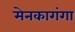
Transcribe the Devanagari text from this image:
मेनकागंगा